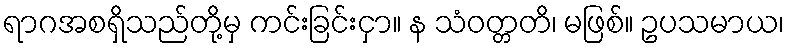
ရာဂအစရှိသည်တို့မှ ကင်းခြင်းငှာ။ န သံဝတ္တတိ၊ မဖြစ်။ ဥပသမာယ၊